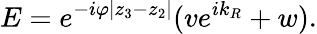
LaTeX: E=e^{-i\varphi|z_{3}-z_{2}|}(ve^{ik_{R}}+w).